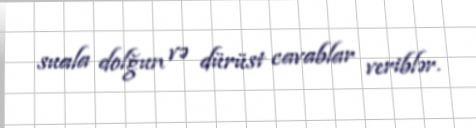
suala dolğun və dürüst cavablar veriblər.